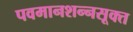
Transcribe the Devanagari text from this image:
पवमानशन्नसूक्त